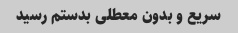
سریع و بدون معطلی بدستم رسید